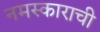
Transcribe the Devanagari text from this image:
नमस्काराची